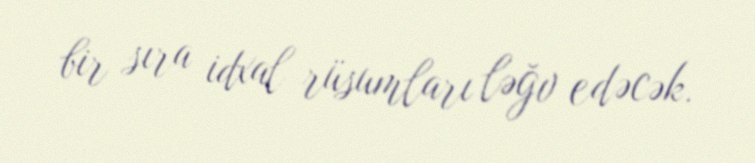
bir sıra idxal rüsumları ləğv edəcək.